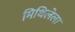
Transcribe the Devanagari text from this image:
मिथिलेला